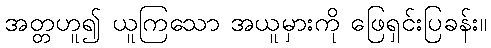
အတ္တဟူ၍ ယူကြသော အယူမှားကို ဖြေရှင်းပြခန်း။